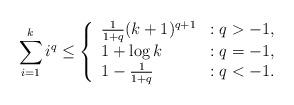
LaTeX: \begin{align*}\sum_{i=1}^ki^q \leq \left\{\begin{array}{ll}\frac{1}{1+q}(k+1)^{q+1} & : q >-1,\\1+\log k & : q = -1,\\1- \frac{1}{1+q} & : q < -1.\end{array}\right.\end{align*}